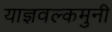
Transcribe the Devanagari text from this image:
याज्ञवल्कमुनी